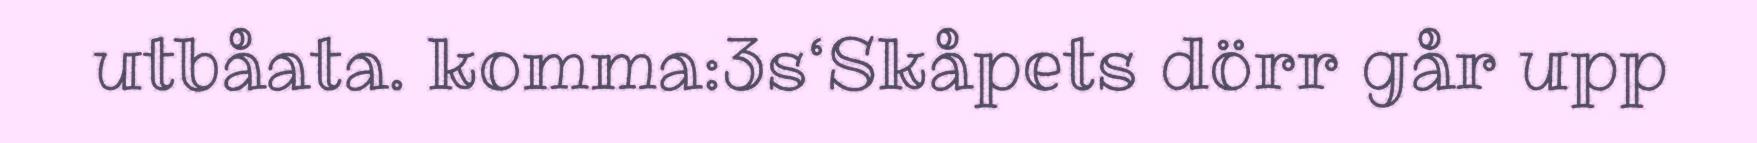
utbåata. komma:3s‘Skåpets dörr går upp